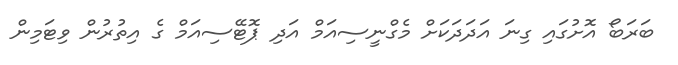
ބަރަބޯ އޮށުގައި ގިނަ އަދަދަކަށް މެގްނީސިއަމް އަދި ޕޮޓޭސިއަމް ގެ އިތުރުން ވިޓަމިން